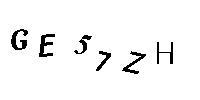
GE57ZH